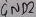
Text: GND2